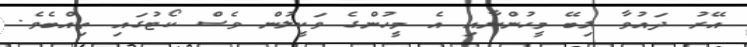
އޭރު ދައުވާ ލިބޭ މީހުންނާއި އެ މީހުންގެ ވަކީލުން ވެސް ކޯޓުގައި ތިއްބެވެ.